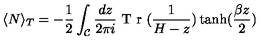
\langle N \rangle _ { T } = - \frac { 1 } { 2 } \int _ { \mathcal { C } } \frac { d z } { 2 \pi i } \textrm { T r } ( \frac { 1 } { H - z } ) \tanh ( \frac { \beta z } { 2 } )